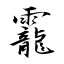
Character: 靇